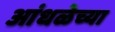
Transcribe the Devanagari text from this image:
आंधळेच्या